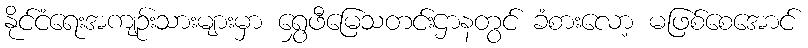
နိုင်ငံရေးအကျဉ်းသားများမှာ ရွှေဖီမြေသတင်းဌာနတွင် ခံစားလော့ မဖြစ်စေအောင်